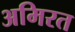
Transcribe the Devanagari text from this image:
अमिरत